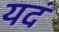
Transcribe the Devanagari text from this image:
यदं